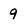
Character: 9